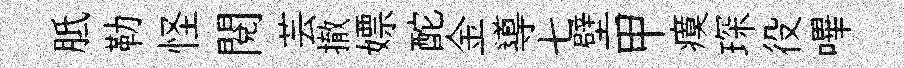
胝勒怪閱芸撤嫖酡金導七壁甲瘼琛役嗶